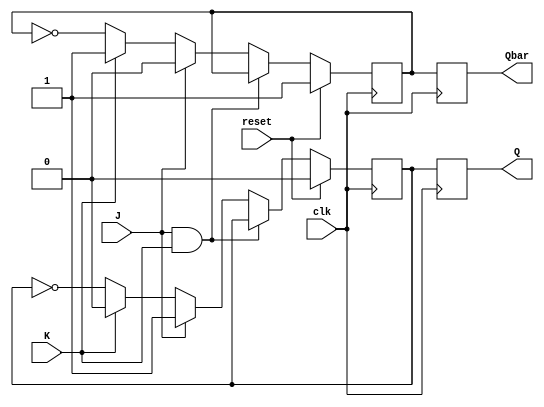
module jk_ff(
    input wire clk, // clock input
    input wire reset, // synchronus reset input
    input wire J, // J input
    input wire K, // K input
    output reg Q, // Q output
    output reg Qbar // Qbar output
);

reg master_Q; // master stage Q
reg master_Qbar; // master stage Qbar

always @(posedge clk) begin
    if(reset) begin
        master_Q <= 1'b0;
        master_Qbar <= 1'b1;
    end else begin
        if(J & K) begin
            master_Q <= master_Q; // hold
            master_Qbar <= master_Qbar; // hold
        end else if(J) begin
            master_Q <= 1'b1;
            master_Qbar <= 1'b0;
        end else if(K) begin
            master_Q <= 1'b0;
            master_Qbar <= 1'b1;
        end else begin
            master_Q <= !master_Q;
            master_Qbar <= !master_Qbar;
        end
    end
end

always @(posedge clk) begin
    Q <= master_Q; // slave stage
    Qbar <= master_Qbar; // slave stage
end

endmodule